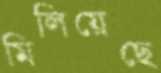
মিলিয়েছে